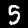
Label: 5